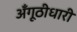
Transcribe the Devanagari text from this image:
अँगूठीधारी